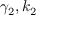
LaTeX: \gamma _ { 2 } , k _ { 2 }